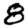
Digit: 8